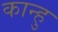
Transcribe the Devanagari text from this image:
कान्हु